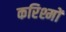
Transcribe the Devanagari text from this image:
करिश्मों